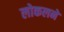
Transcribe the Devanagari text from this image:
लोकलने